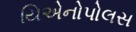
યિએનોપોલસ